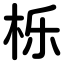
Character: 栎